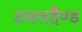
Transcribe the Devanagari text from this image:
डबलहैण्ड